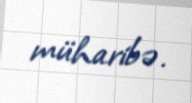
müharibə.